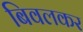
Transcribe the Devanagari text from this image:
बिवलकर